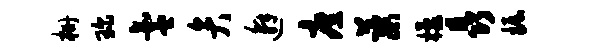
栅琛氲弁邂庶蕖檬晶掘